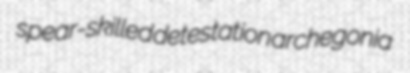
spear-skilled detestation archegonia